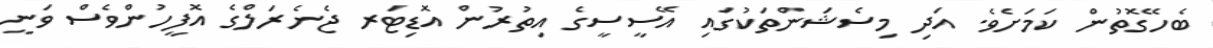
ބެހޭގޮތުން ކަމަށެވެ. އަދި މިސެޝަންތަކުގައި އޭސީސީގެ އިތުރުން އޮޑިޓަރ ޖެނެރަލްގެ އޮފީހުންވެސް ވަނީ